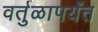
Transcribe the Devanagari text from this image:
वर्तुळापर्यंत